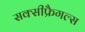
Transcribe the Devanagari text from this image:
सक्सीफ्रैगल्स